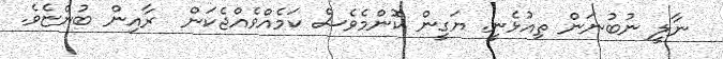
ނާލީ ނުބުނަން ތިއުޅެނީ. ޔަގީން ކޮންމެވެސް ކަމެއްވެއްޖެކަން  ރާއިން ބުންޏެވެ.